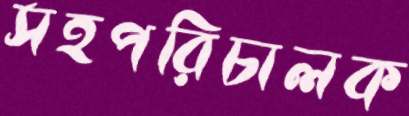
সহপরিচালক